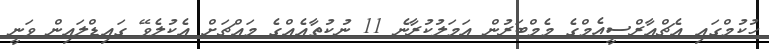
ހުކުމްގައި އެޗްއާރްސީއެމްގެ މެމްބަރުން އަމަލުކުރާނެ 11 ނުކުތާއެއްގެ މައްޗަށް އެކުލެވޭ ގައިޑްލައިން ވަނީ